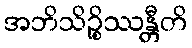
အဘိသိဉ္စိဿန္တီတိ